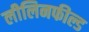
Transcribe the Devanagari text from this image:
लीलिनफील्ड